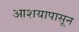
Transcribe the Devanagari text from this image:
आशयापासून